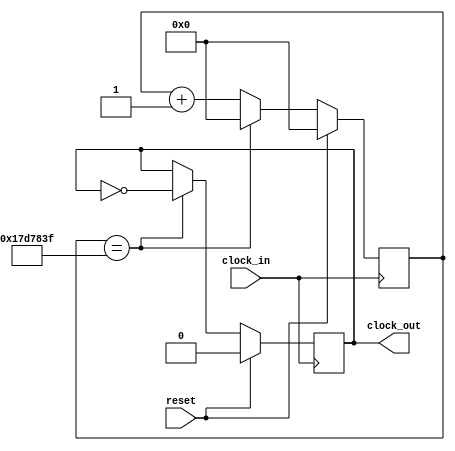
module clock_divider (
	input  wire clock_in,
	input  wire reset,
	output reg  clock_out
);
	
	reg [31:0] counter;
	
	always @ (posedge clock_in) 
	begin
		if (reset) begin
			counter <= 32'd0;
			clock_out <= 1'b0;
		end else begin 
			counter <= counter + 32'd1;
			
			if (counter == 32'd24999999) 
			begin
				clock_out <= ~clock_out;
				counter <= 32'd0;
			end 
		end 
	end 
	
endmodule